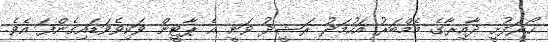
ހޯރަފުށީ ދާއިރާގެ މެމްބަރު އަހުމަދު ރަޝީދު ވަނީ އެ ޕާޓީން ވަކިވެވަޑައިގެންފަ އެވެ.